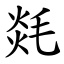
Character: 㲜